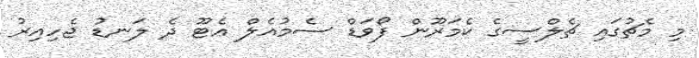
މި މެޗުގައި ޗެލްސީގެ ކެމަރޫން ފޯވަޑް ސެމުއެލް އެޓޫ ދެ ލަނޑު ޖެހިއިރު